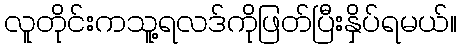
လူတိုင်းကသူ့ရလဒ်ကိုဖြတ်ပြီးနှိပ်ရမယ်။